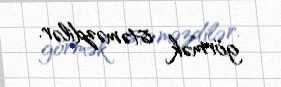
görmək istəməzdilər.